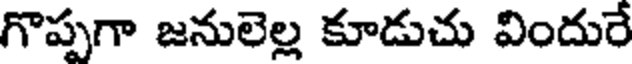
గొప్పగా జనులెల్ల కూడుచు విందురే